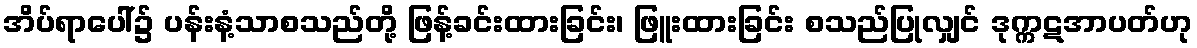
အိပ်ရာပေါ်၌ ပန်းနံ့သာစသည်တို့ ဖြန့်ခင်းထားခြင်း၊ ဖြူးထားခြင်း စသည်ပြုလျှင် ဒုက္ကဋအာပတ်ဟု